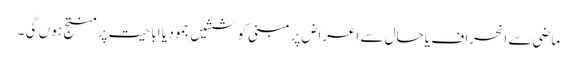
ماضی سے انحراف یا حال سے اعراض پر مبنی کوششیں جمود یا اباحیت پر منتج ہو ں گی ۔